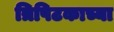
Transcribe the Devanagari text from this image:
त्रिपिटकाच्या